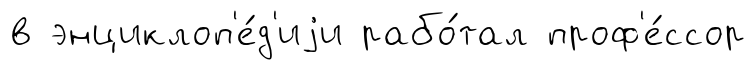
в энциклоп'е́д'иjи рабо́тал проф'е́ссор